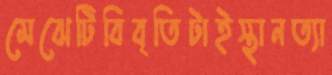
মেঝেটিবিবৃতিটাইস্থানত্যা